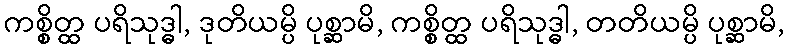
ကစ္စိတ္ထ ပရိသုဒ္ဓါ, ဒုတိယမ္ပိ ပုစ္ဆာမိ, ကစ္စိတ္ထ ပရိသုဒ္ဓါ, တတိယမ္ပိ ပုစ္ဆာမိ,